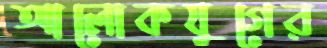
আলোকযুগের